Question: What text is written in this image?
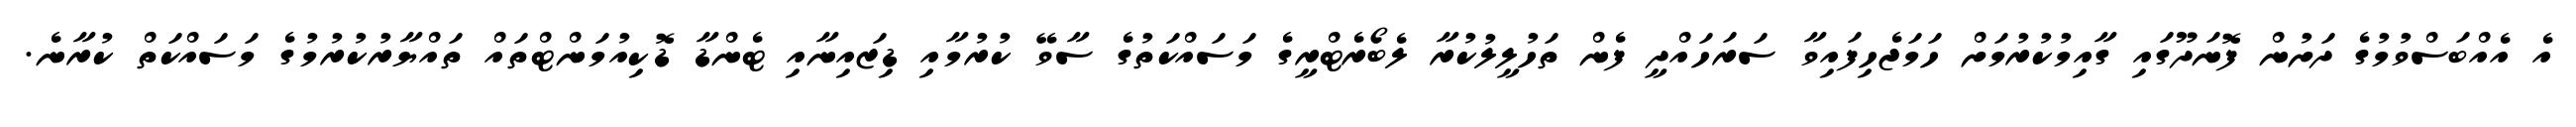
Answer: އެ އެއްބަސްވުމުގެ ދަށުން ފޮނަދޫގައި ގާއިމުކުރުމަށް ހަމަޖެހިފައިވާ ސަރަހައްދީ ފެން ތަހުލީލުކުރާ ލެބޯރެޓްރީގެ މަސައްކަތުގެ ސާވޭ ކުރުމާއި ޑިޒައިނާއި ޓެންޑާ ޑޮކިއުމަންޓްތައް ތައްޔާރުކުރުމުގެ މަސައްކަތް ކުރާނެ.